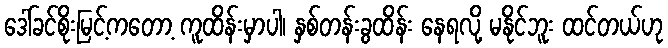
ဒေါ်ခင်စိုးမြင့်ကတော့ ကူထိန်းမှာပါ၊ နှစ်တန်းခွထိန်း နေရလို့ မနိုင်ဘူး ထင်တယ်ဟု